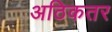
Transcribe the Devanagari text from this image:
अठिकतर